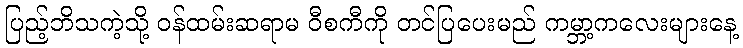
ပြည့်ဘိသကဲ့သို့ ဝန်ထမ်းဆရာမ ဝီစကီကို တင်ပြပေးမည် ကမ္ဘာ့ကလေးများနေ့